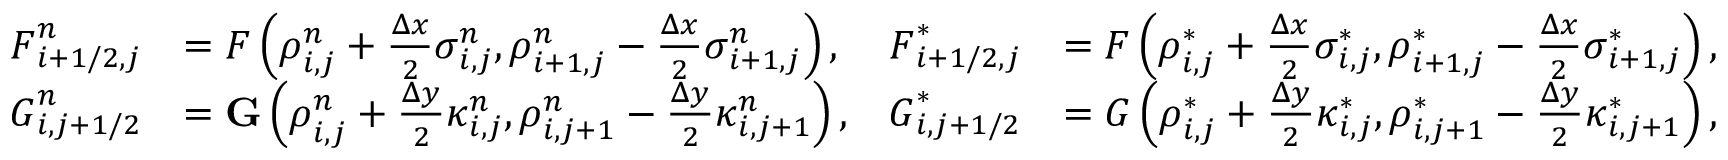
\begin{array} { r l r l } { \boldsymbol { F } _ { i + 1 / 2 , j } ^ { n } } & { = \boldsymbol { F } \left( \boldsymbol { \rho } _ { i , j } ^ { n } + \frac { \Delta x } { 2 } \boldsymbol { \sigma } _ { i , j } ^ { n } , \boldsymbol { \rho } _ { i + 1 , j } ^ { n } - \frac { \Delta x } { 2 } \boldsymbol { \sigma } _ { i + 1 , j } ^ { n } \right) , } & { \boldsymbol { F } _ { i + 1 / 2 , j } ^ { * } } & { = \boldsymbol { F } \left( \boldsymbol { \rho } _ { i , j } ^ { * } + \frac { \Delta x } { 2 } \boldsymbol { \sigma } _ { i , j } ^ { * } , \boldsymbol { \rho } _ { i + 1 , j } ^ { * } - \frac { \Delta x } { 2 } \boldsymbol { \sigma } _ { i + 1 , j } ^ { * } \right) , } \\ { \boldsymbol { G } _ { i , j + 1 / 2 } ^ { n } } & { = \mathbf { G } \left( \boldsymbol { \rho } _ { i , j } ^ { n } + \frac { \Delta y } { 2 } \boldsymbol { \kappa } _ { i , j } ^ { n } , \boldsymbol { \rho } _ { i , j + 1 } ^ { n } - \frac { \Delta y } { 2 } \boldsymbol { \kappa } _ { i , j + 1 } ^ { n } \right) , } & { \boldsymbol { G } _ { i , j + 1 / 2 } ^ { * } } & { = \boldsymbol { G } \left( \boldsymbol { \rho } _ { i , j } ^ { * } + \frac { \Delta y } { 2 } \boldsymbol { \kappa } _ { i , j } ^ { * } , \boldsymbol { \rho } _ { i , j + 1 } ^ { * } - \frac { \Delta y } { 2 } \boldsymbol { \kappa } _ { i , j + 1 } ^ { * } \right) , } \end{array}